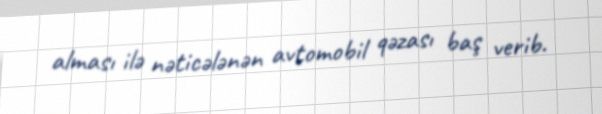
alması ilə nəticələnən avtomobil qəzası baş verib.